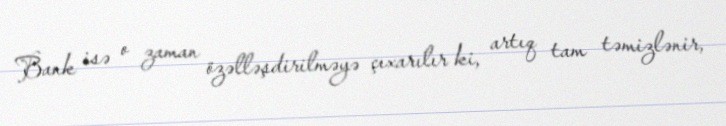
Bank isə o zaman özəlləşdirilməyə çıxarılır ki, artıq tam təmizlənir,